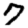
Digit: 7